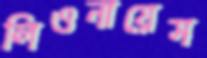
লিওনায়েস